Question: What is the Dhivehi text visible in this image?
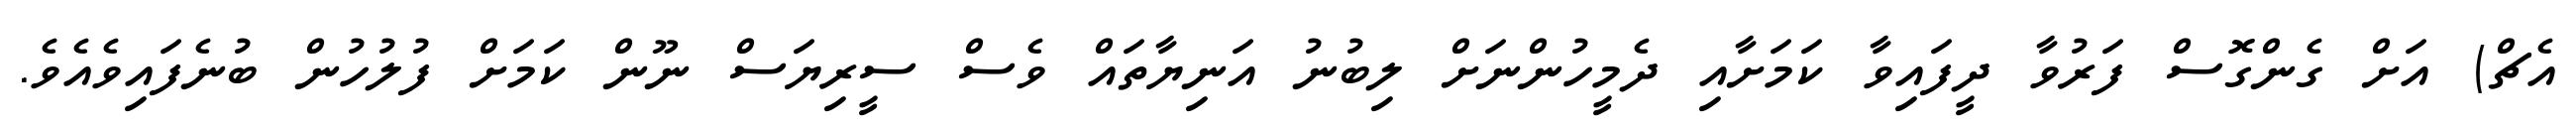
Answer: އެޗް) އަށް ގެންގޮސް ފަރުވާ ދީފައިވާ ކަމަށާއި ދެމީހުންނަށް ލިބުނު އަނިޔާތައް ވެސް ސީރިޔަސް ނޫން ކަމަށް ފުލުހުން ބުނެފައިވެއެވެ.